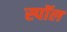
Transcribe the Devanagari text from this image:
स्पॉल